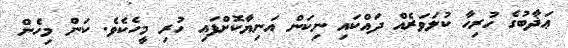
ޢަޛާބުގެ ހުރިހާ ކުލަވަރެއް ދައްކައި ނިކަން އަނިޔާކޮށްފައި ހުރި މީހެކެވެ. ކަން މިހެން